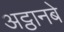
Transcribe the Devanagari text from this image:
अट्ठानबे